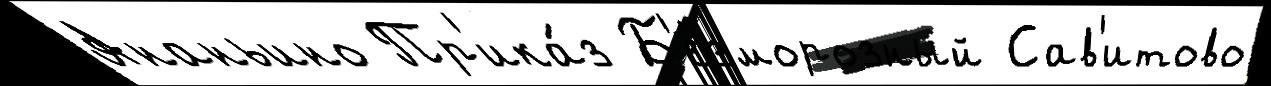
Ананьино Пр'ика́з Б'езморозный Сав'итово